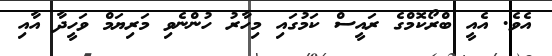
އެވެ. އެއީ ބްރޯކޮމްގެ ރައީސް ކަމުގައި މިހާރު ހުންނެވި މަރިޔަމް ވަހީދާ އާއި